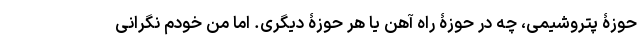
حوزۀ پتروشیمی، چه در حوزۀ راه آهن یا هر حوزۀ دیگری. اما من خودم نگرانی